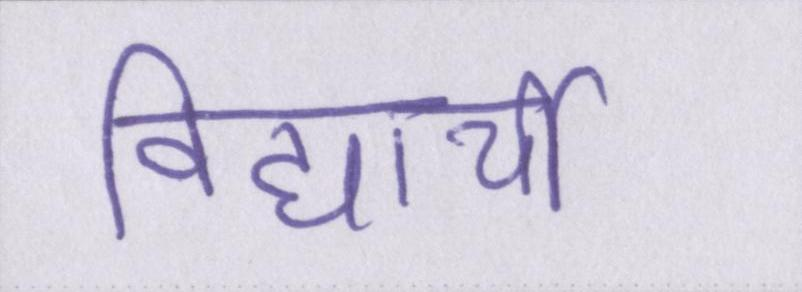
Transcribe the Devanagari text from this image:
विद्यार्थी